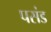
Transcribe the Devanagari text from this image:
पसंड